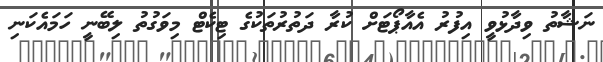
ނަޝާތު ވިދާޅުވީ އިފުރު އެއާޕޯޓަށް ކުރާ ދަތުރުތަކުގެ ޓިކެޓް މިވަގުތު ލިބޭނީ ހަމައެކަނި